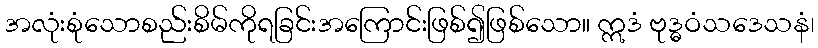
အလုံးစုံသောစည်းစိမ်ကိုရခြင်းအကြောင်းဖြစ်၍ဖြစ်သော။ ဣဒံ ဗုဒ္ဓဝံသဒေသနံ၊